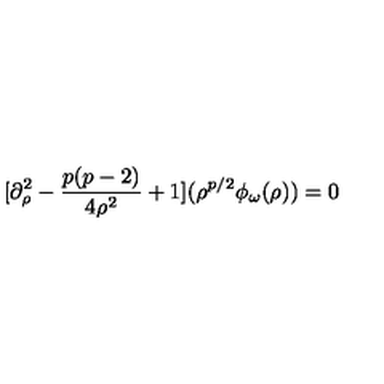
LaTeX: [ \partial _ { \rho } ^ { 2 } - { \frac { p ( p - 2 ) } { 4 \rho ^ { 2 } } } + 1 ] ( \rho ^ { p / 2 } \phi _ { \omega } ( \rho ) ) = 0